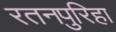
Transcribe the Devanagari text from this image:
रतनपुरिहा